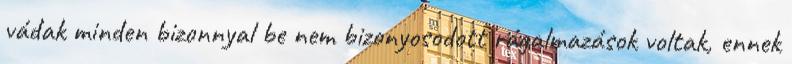
vádak minden bizonnyal be nem bizonyosodott rágalmazások voltak, ennek